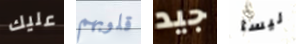
عليك قلوبهم جيد ليسا